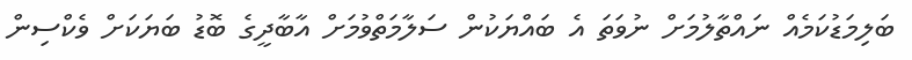
ބަލިމަޑުކަމެއް ނައްތާލުމަށް ނުވަތަ އެ ބައްޔަކުން ސަލާމަތްވުމަށް އާބާދީގެ ބޮޑު ބަޔަކަށް ވެކްސިން